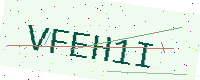
Text: VFEH1I